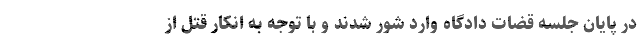
در پایان جلسه قضات دادگاه وارد شور شدند و با توجه به انکار قتل از